Annual report of the Imperial Bacteriological Laboratory, Muktesar
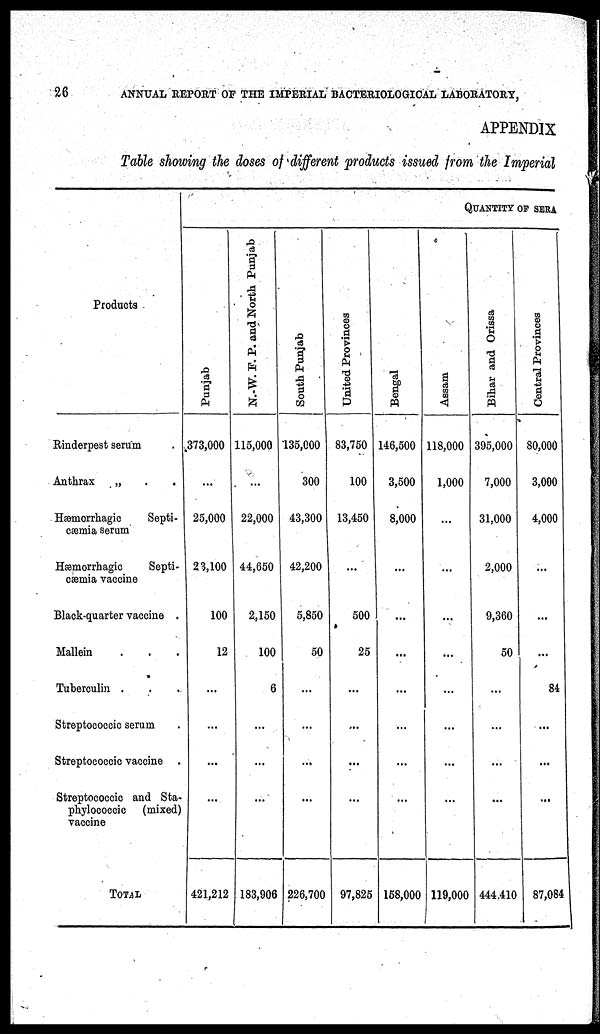
26
ANNUAL REPORT OF THE IMPERIAL BACTERIOLOGICAL LABORATORY,
APPENDIX
Table showing the doses of different products issued from the Imperial
Products
Rinderpest serum
Anthrax
„
Hæmorrhagic
Septi-
cæmia serum
Hæmorrhagic
Septi-
cæmia vaccine
Black-quarter vaccine
Mallein
Tuberculin
Streptococcic serum
Streptococcic vaccine
Streptococcic and Sta-
phylococcic (mixed)
vaccine
TOTAL
Punjab
373,000
...
25,000
23,100
100
12
...
...
...
...
421,212
N.-W. F. P. and North Punjab
115,000
...
22,000
44,650
2,150
100
6
...
...
...
183,906
South Punjab
135,000
300
43,300
42,200
5,850
50
...
...
...
...
226,700
United Provinces
83,750
100
13,450
...
500
25
...
...
...
...
97,825
QUANTITY OF SERA
Bengal
146,500
3,500
8,000
...
...
...
...
...
...
...
158,000
Assam
118,000
1,000
...
...
...
...
...
...
...
...
119,000
Bihar and Orissa
395,000
7,000
31,000
2,000
9,360
50
...
...
...
...
444,410
Central Provinces
80,000
3,000
4,000
...
...
...
84
...
...
...
87,084